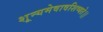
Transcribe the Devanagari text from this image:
शून्यमेवावशिष्यते।।